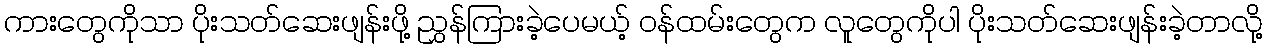
ကားတွေကိုသာ ပိုးသတ်ဆေးဖျန်းဖို့ ညွှန်ကြားခဲ့ပေမယ့် ဝန်ထမ်းတွေက လူတွေကိုပါ ပိုးသတ်ဆေးဖျန်းခဲ့တာလို့